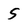
Character: 5